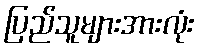
ပြည်သူများအားလုံး